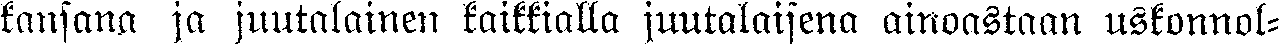
kansana ja juutalainen kaikkialla juutalaisena ainoastaan uskonnol-